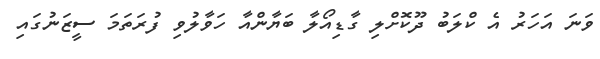
ވަނަ އަހަރު އެ ކްލަބު ދޫކޮށްލި ގާޑިއޯލާ ބަޔާންއާ ހަވާލުވި ފުރަތަމަ ސީޒަނުގައި